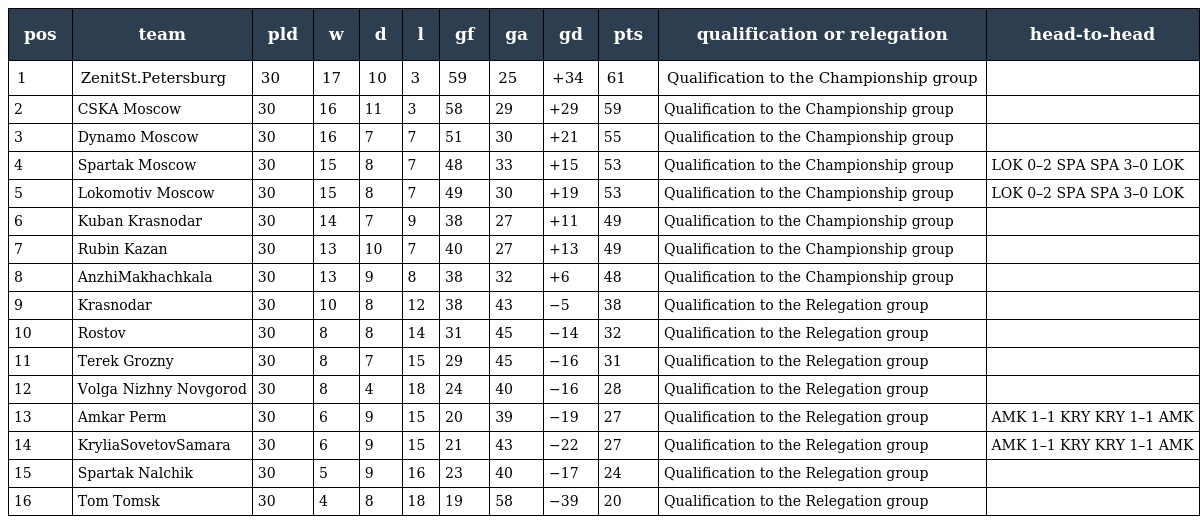
| pos | team | pld | w | d | l | gf | ga | gd | pts | qualification or relegation | head-to-head |
 | --- | --- | --- | --- | --- | --- | --- | --- | --- | --- | --- | --- |
 | 1 | ZenitSt.Petersburg | 30 | 17 | 10 | 3 | 59 | 25 | +34 | 61 | Qualification to the Championship group |  |
 | 2 | CSKA Moscow | 30 | 16 | 11 | 3 | 58 | 29 | +29 | 59 | Qualification to the Championship group |  |
 | 3 | Dynamo Moscow | 30 | 16 | 7 | 7 | 51 | 30 | +21 | 55 | Qualification to the Championship group |  |
 | 4 | Spartak Moscow | 30 | 15 | 8 | 7 | 48 | 33 | +15 | 53 | Qualification to the Championship group | LOK 0–2 SPA SPA 3–0 LOK |
 | 5 | Lokomotiv Moscow | 30 | 15 | 8 | 7 | 49 | 30 | +19 | 53 | Qualification to the Championship group | LOK 0–2 SPA SPA 3–0 LOK |
 | 6 | Kuban Krasnodar | 30 | 14 | 7 | 9 | 38 | 27 | +11 | 49 | Qualification to the Championship group |  |
 | 7 | Rubin Kazan | 30 | 13 | 10 | 7 | 40 | 27 | +13 | 49 | Qualification to the Championship group |  |
 | 8 | AnzhiMakhachkala | 30 | 13 | 9 | 8 | 38 | 32 | +6 | 48 | Qualification to the Championship group |  |
 | 9 | Krasnodar | 30 | 10 | 8 | 12 | 38 | 43 | −5 | 38 | Qualification to the Relegation group |  |
 | 10 | Rostov | 30 | 8 | 8 | 14 | 31 | 45 | −14 | 32 | Qualification to the Relegation group |  |
 | 11 | Terek Grozny | 30 | 8 | 7 | 15 | 29 | 45 | −16 | 31 | Qualification to the Relegation group |  |
 | 12 | Volga Nizhny Novgorod | 30 | 8 | 4 | 18 | 24 | 40 | −16 | 28 | Qualification to the Relegation group |  |
 | 13 | Amkar Perm | 30 | 6 | 9 | 15 | 20 | 39 | −19 | 27 | Qualification to the Relegation group | AMK 1–1 KRY KRY 1–1 AMK |
 | 14 | KryliaSovetovSamara | 30 | 6 | 9 | 15 | 21 | 43 | −22 | 27 | Qualification to the Relegation group | AMK 1–1 KRY KRY 1–1 AMK |
 | 15 | Spartak Nalchik | 30 | 5 | 9 | 16 | 23 | 40 | −17 | 24 | Qualification to the Relegation group |  |
 | 16 | Tom Tomsk | 30 | 4 | 8 | 18 | 19 | 58 | −39 | 20 | Qualification to the Relegation group |  |